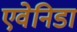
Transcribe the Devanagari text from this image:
एवेनिडा